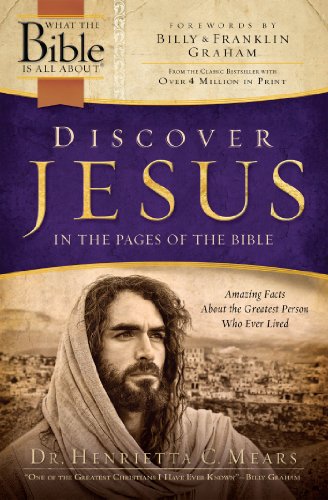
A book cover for Discover Jesus in the Pages of the Bible: Amazing Facts About the Greatest Person Who Ever Lived (What the Bible Is All About); Henrietta C. Mears; Christian Books & Bibles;